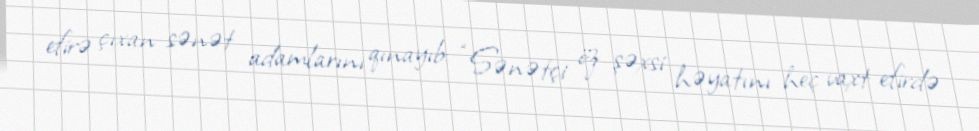
efirə çıxan sənət adamlarını qınayıb: “Sənətçi öz şəxsi həyatını heç vaxt efirdə